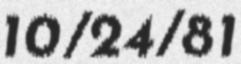
10/24/81